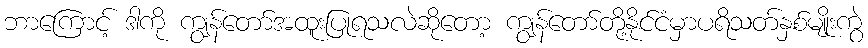
ဘာကြောင့် ဒါကို ကျွန်တော်အထူးပြုရသလဲဆိုတော့ ကျွန်တော်တို့နိုင်ငံမှာပရိသတ်နှစ်မျိုးကွဲ